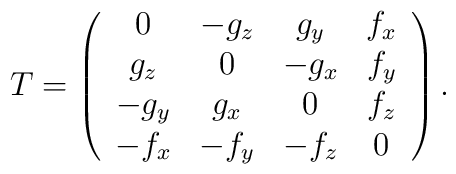
T=\left(\begin{array}{cccc}0  & -g_{z} & g_{y}  & f_{x} \\g_{z}  & 0 & -g_{x} &  f_{y} \\-g_{y} & g_{x} & 0  &  f_{z}  \\-f_{x} & -f_{y}  & -f_{z} &   0\end{array} \right ).